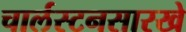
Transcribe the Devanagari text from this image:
चार्लस्टनसारखे